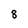
Character: 8